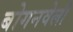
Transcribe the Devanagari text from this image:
बोगनवेली